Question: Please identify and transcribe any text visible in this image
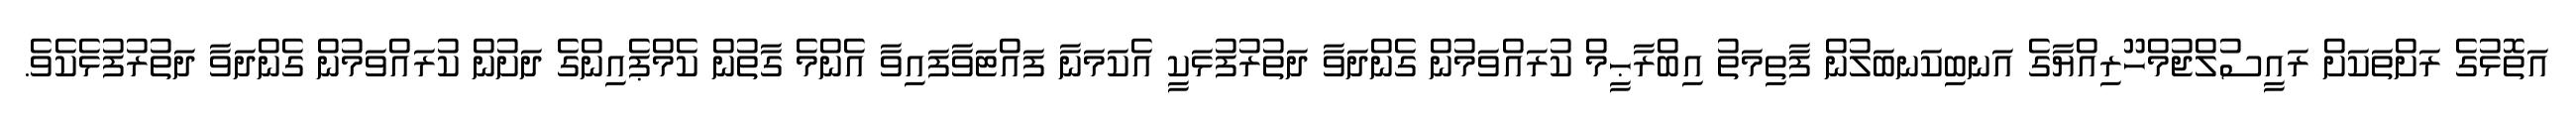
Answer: އަތޮޅުގެ ރަށްތަކަށް ރައީސުލްޖުމްހޫރިއްޔާގެ އަނބިކަނބަލުން ފާތިމަތު އިބްރާޙީމް ކުރައްވަމުން ގެންދަވާ ދަތުރުފުޅަކީ އެކަމަނާ ފައްޓަވާފައިވާ އެންމެ ގާތުން ކެމްޕެއިންގެ ދަށުން ކުރައްވަމުން ގެންދަވާ ދަތުރުފުޅެކެވެ.